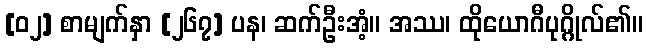
[၀၂] စာမျက်နှာ [၂၆၇] ပန၊ ဆက်ဦးအံ့။ အဿ၊ ထိုယောဂီပုဂ္ဂိုလ်၏။